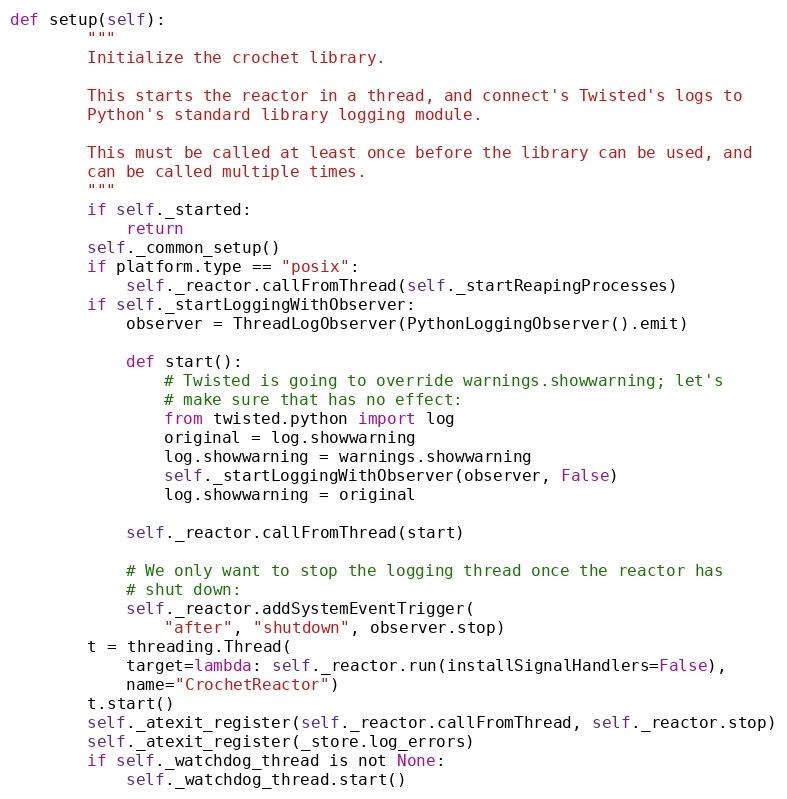
Language: Python
def setup(self):
        """
        Initialize the crochet library.

        This starts the reactor in a thread, and connect's Twisted's logs to
        Python's standard library logging module.

        This must be called at least once before the library can be used, and
        can be called multiple times.
        """
        if self._started:
            return
        self._common_setup()
        if platform.type == "posix":
            self._reactor.callFromThread(self._startReapingProcesses)
        if self._startLoggingWithObserver:
            observer = ThreadLogObserver(PythonLoggingObserver().emit)

            def start():
                # Twisted is going to override warnings.showwarning; let's
                # make sure that has no effect:
                from twisted.python import log
                original = log.showwarning
                log.showwarning = warnings.showwarning
                self._startLoggingWithObserver(observer, False)
                log.showwarning = original

            self._reactor.callFromThread(start)

            # We only want to stop the logging thread once the reactor has
            # shut down:
            self._reactor.addSystemEventTrigger(
                "after", "shutdown", observer.stop)
        t = threading.Thread(
            target=lambda: self._reactor.run(installSignalHandlers=False),
            name="CrochetReactor")
        t.start()
        self._atexit_register(self._reactor.callFromThread, self._reactor.stop)
        self._atexit_register(_store.log_errors)
        if self._watchdog_thread is not None:
            self._watchdog_thread.start()